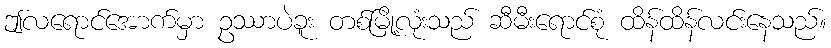
ဤလရောင်အောက်မှာ ဥဿာပဲခူး တစ်မြို့လုံးသည် ဆီမီးရောင်စုံ ထိန်ထိန်လင်းနေသည်။